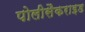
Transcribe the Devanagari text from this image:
पोलीसैकराइड